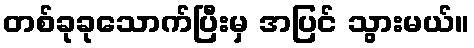
တစ်ခုခုသောက်ပြီးမှ အပြင် သွားမယ်။